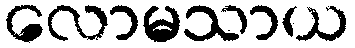
လောမသာယ